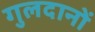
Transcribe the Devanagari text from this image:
गुलदानों